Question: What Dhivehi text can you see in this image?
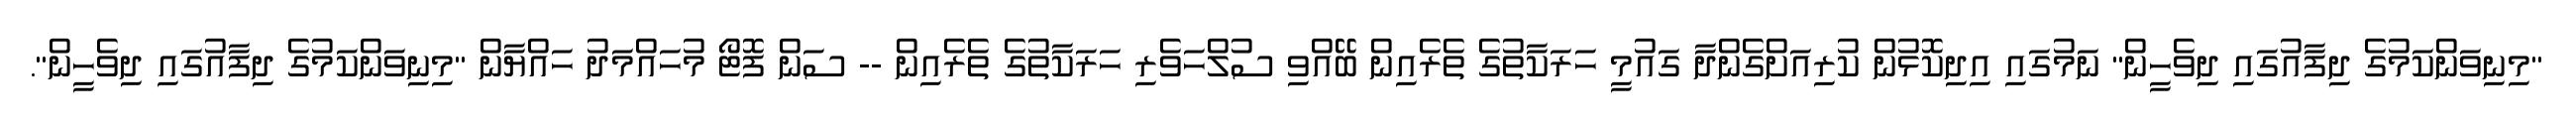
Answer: "މިނިވަންކަމުގެ ދިފާއުގައި ދިވެހީން" ނަމުގައި އިދިކޮޅުން ކުރިއަށްގެންދާ ގައުމީ ހަރަކާތުގެ ތެރެއިން ބޭއްވި ސުލްހަވެރި ހަރަކާތުގެ ތެރެއިން -- ސަން ފޮޓޯ މުހައްމަދު ހައްޔާން "މިނިވަންކަމުގެ ދިފާއުގައި ދިވެހީން".